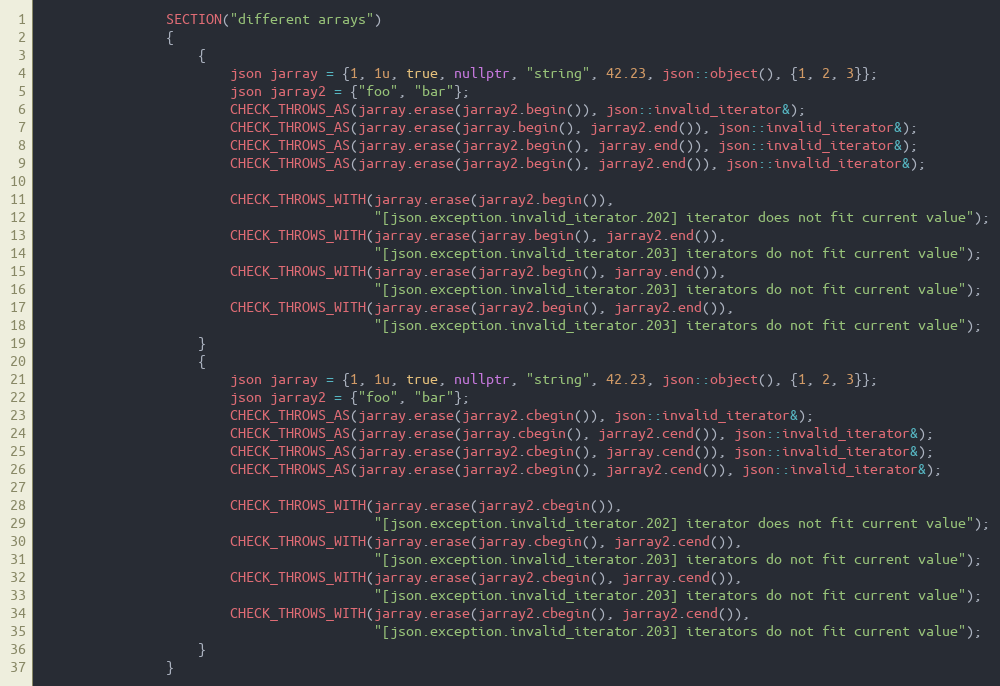
Language: C++
                SECTION("different arrays")
                {
                    {
                        json jarray = {1, 1u, true, nullptr, "string", 42.23, json::object(), {1, 2, 3}};
                        json jarray2 = {"foo", "bar"};
                        CHECK_THROWS_AS(jarray.erase(jarray2.begin()), json::invalid_iterator&);
                        CHECK_THROWS_AS(jarray.erase(jarray.begin(), jarray2.end()), json::invalid_iterator&);
                        CHECK_THROWS_AS(jarray.erase(jarray2.begin(), jarray.end()), json::invalid_iterator&);
                        CHECK_THROWS_AS(jarray.erase(jarray2.begin(), jarray2.end()), json::invalid_iterator&);

                        CHECK_THROWS_WITH(jarray.erase(jarray2.begin()),
                                          "[json.exception.invalid_iterator.202] iterator does not fit current value");
                        CHECK_THROWS_WITH(jarray.erase(jarray.begin(), jarray2.end()),
                                          "[json.exception.invalid_iterator.203] iterators do not fit current value");
                        CHECK_THROWS_WITH(jarray.erase(jarray2.begin(), jarray.end()),
                                          "[json.exception.invalid_iterator.203] iterators do not fit current value");
                        CHECK_THROWS_WITH(jarray.erase(jarray2.begin(), jarray2.end()),
                                          "[json.exception.invalid_iterator.203] iterators do not fit current value");
                    }
                    {
                        json jarray = {1, 1u, true, nullptr, "string", 42.23, json::object(), {1, 2, 3}};
                        json jarray2 = {"foo", "bar"};
                        CHECK_THROWS_AS(jarray.erase(jarray2.cbegin()), json::invalid_iterator&);
                        CHECK_THROWS_AS(jarray.erase(jarray.cbegin(), jarray2.cend()), json::invalid_iterator&);
                        CHECK_THROWS_AS(jarray.erase(jarray2.cbegin(), jarray.cend()), json::invalid_iterator&);
                        CHECK_THROWS_AS(jarray.erase(jarray2.cbegin(), jarray2.cend()), json::invalid_iterator&);

                        CHECK_THROWS_WITH(jarray.erase(jarray2.cbegin()),
                                          "[json.exception.invalid_iterator.202] iterator does not fit current value");
                        CHECK_THROWS_WITH(jarray.erase(jarray.cbegin(), jarray2.cend()),
                                          "[json.exception.invalid_iterator.203] iterators do not fit current value");
                        CHECK_THROWS_WITH(jarray.erase(jarray2.cbegin(), jarray.cend()),
                                          "[json.exception.invalid_iterator.203] iterators do not fit current value");
                        CHECK_THROWS_WITH(jarray.erase(jarray2.cbegin(), jarray2.cend()),
                                          "[json.exception.invalid_iterator.203] iterators do not fit current value");
                    }
                }